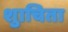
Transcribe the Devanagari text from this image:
शुाचिता